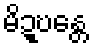
မိဍ္ဎန္တေ